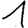
Digit: 1